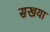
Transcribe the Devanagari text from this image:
सखया